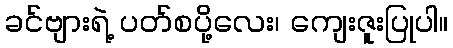
ခင်ဗျားရဲ့ ပတ်စပို့လေး၊ ကျေးဇူးပြုပါ။